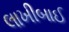
લાખીબાઈ